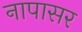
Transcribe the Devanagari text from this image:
नापासर